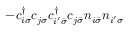
- c _ { i \sigma } ^ { \dagger } c _ { j \sigma } c _ { i ^ { \prime } \bar { \sigma } } ^ { \dagger } c _ { j \bar { \sigma } } n _ { i \bar { \sigma } } n _ { i ^ { \prime } \sigma }